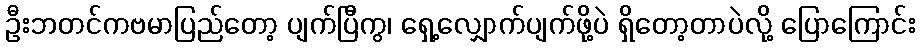
ဦးဘတင်ကဗမာပြည်တော့ ပျက်ပြီကွ၊ ရှေ့လျှောက်ပျက်ဖို့ပဲ ရှိတော့တာပဲလို့ ပြောကြောင်း